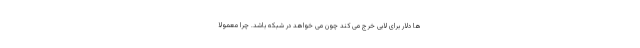
ها دلار برای لابی خرج می کند چون می خواهد در شبکه باشد. چرا معمولا